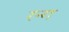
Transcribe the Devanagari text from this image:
रन्ग